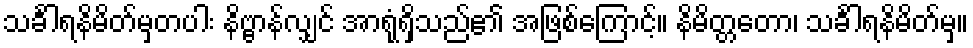
သင်္ခါရနိမိတ်မှတပါး နိဗ္ဗာန်လျှင် အာရုံရှိသည်၏ အဖြစ်ကြောင့်။ နိမိတ္တတော၊ သင်္ခါရနိမိတ်မှ။